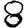
Digit: 8